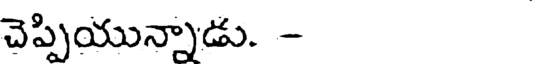
చెప్పియున్నాడు. -